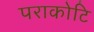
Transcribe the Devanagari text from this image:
पराकोटि